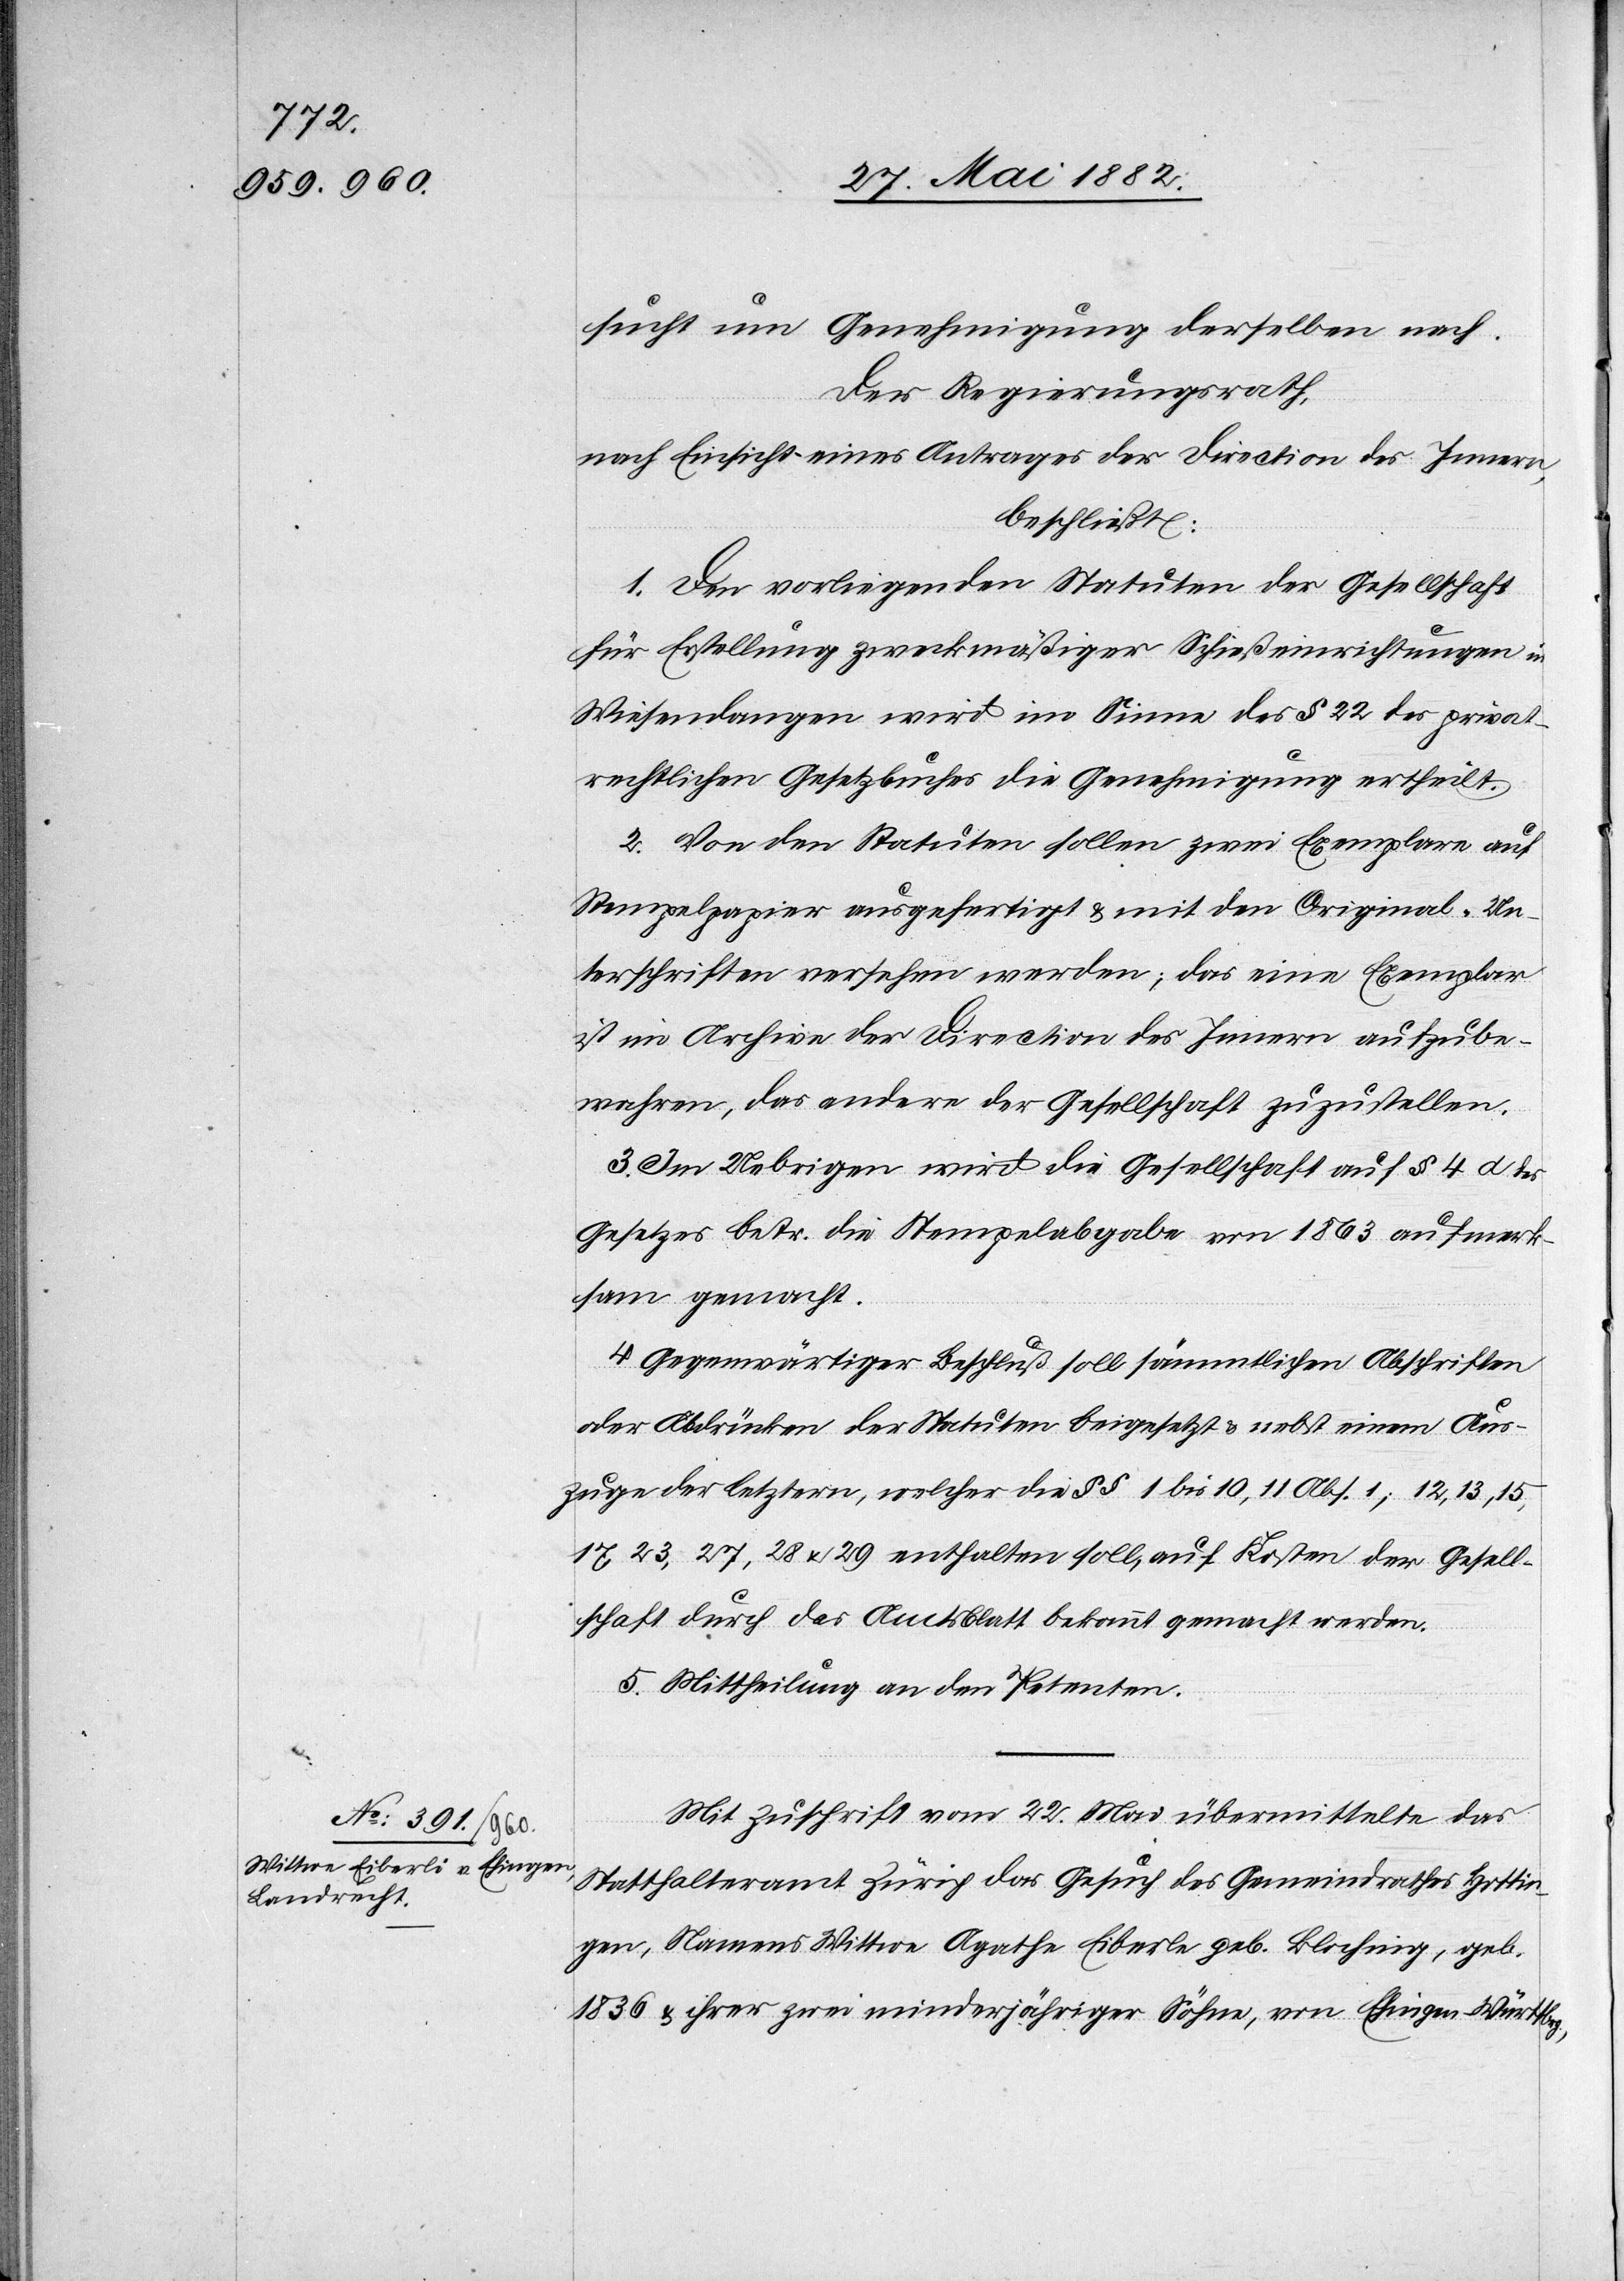
sucht um Genehmigung derselben nach.
Der Regierungsrath,
nach Einsicht eines Antrages der Direction des Innern,
beschließt:
1. Den vorliegenden Statuten der Gesellschaft
für Erstellung zweckmäßiger Schießeinrichtung in
Wiesendangen wird im Sinne des § 22 des privat¬
rechtlichen Gesetzbuches die Genehmigung ertheilt.
2. Von den Statuten sollen zwei Exemplare auf
Stempelpapier ausgefertigt & mit den Original-Un¬
terschriften versehen werden; das eine Exemplar
ist im Archiv der Direction des Innern aufzube¬
wahren, das andere der Gesellschaft zuzustellen.
3. Im Uebrigen wird die Gesellschaft auf § 4 d
Gesetzes betr. die Stempelabgabe von 1863 aufmerk¬
sam gemacht.
4. Gegenwärtiger Beschluß soll sämmtlichen Abschriften
oder Abdrücken der Statuten beigesetzt & nebst einem Aus¬
zuge der letztern, welcher die §§ 1 bis 10, 11 Abs. 1, 12, 13, 15,
17, 23, 27, 28 & 29 enthalten soll, auf Kosten der Gesell¬
schaft durch das Amtsblatt bekannt gemacht werden.
5. Mittheilung an den Petenten.
Mit Zuschrift vom 22. Mai übermittelte das
Statthalteramt Zürich das Gesuch des Gemeindrathes Hottin¬
gen, Namens Wittwe Agathe Eiberle [sic!] geb. Bloching, geb.
1836 & ihrer zwei minderjährigen Söhne, von Ehingen - Württbrg.,